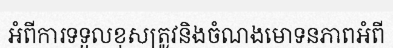
អំពីការទទួលខុសត្រូវនិងចំណងមោទនភាពអំពី